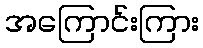
အကြောင်းကြား